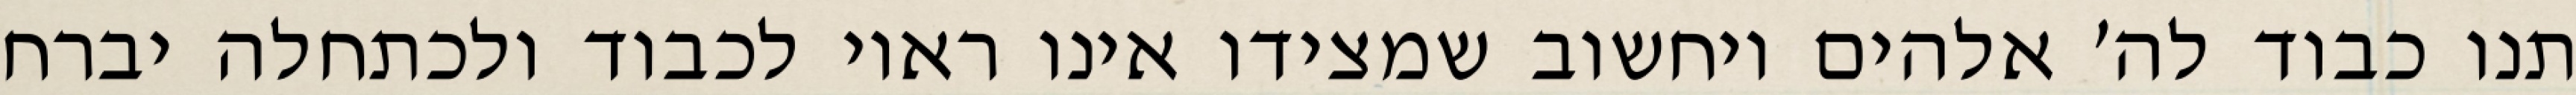
תנו כבוד לה׳ אלהים ויחשוב שמצידו אינו ראוי לכבוד ולכתחלה יברח